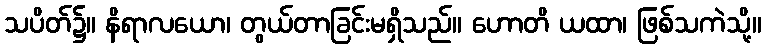
သပိတ်၌။ နိရာလယော၊ တွယ်တာခြင်းမရှိသည်။ ဟောတိ ယထာ၊ ဖြစ်သကဲသို့။